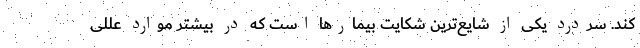
کند. سردرد یکی از شایع‌ترین شکایت‌ بیمارها است که در بیشتر موارد عللی